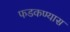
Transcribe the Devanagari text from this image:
फडकण्यास